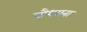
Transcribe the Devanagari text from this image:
चौधराना